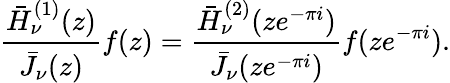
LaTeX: \frac{\bar{H}_{\nu}^{(1)}(z)}{\bar{J}_{\nu}(z)}f(z)=\frac{\bar{H}_{\nu}^{(2)}(ze^{-\pi i})}{\bar{J}_{\nu}(ze^{-\pi i})}f(ze^{-\pi i}).